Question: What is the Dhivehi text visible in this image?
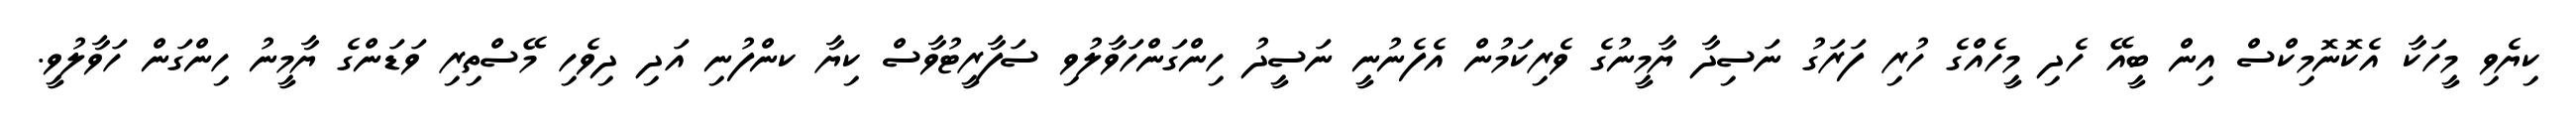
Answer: ކިޔެވި މީހަކާ އެކޮނޮމިކްސް އިން ބީއޭ ހެދި މީހެއްގެ ހުރި ފަރަގު ނަސިދާ ޔާމީނުގެ ވެރިކަމުން އެފެނުނީ ނަސީދު ހިންގަންހަވާލުވި ސަފާރީޓުވާސް ކިޔާ ކންފުނި އަދި ދިވެހި މޭސްތިރި ވަޑަންގެ ޔާމީނު ހިންގަން ހަވާލުވީ.